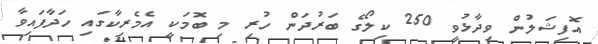
އޮފިޝަލުން ވިދާޅުވީ 250 ކިލޯގެ ބަރުދަން ހުރި މި ބޮމަކީ އެމެރިކާގައި ހަދާފައިވާ